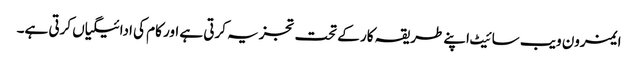
ایمزون ویب سائیٹ اپنے طریقہ کار کے تحت تجزیہ کرتی ہے اور کام کی ادائیگیاں کرتی ہے۔